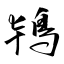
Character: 鴇